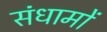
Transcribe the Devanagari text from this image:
संधामों